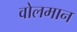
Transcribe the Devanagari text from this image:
वोलमान